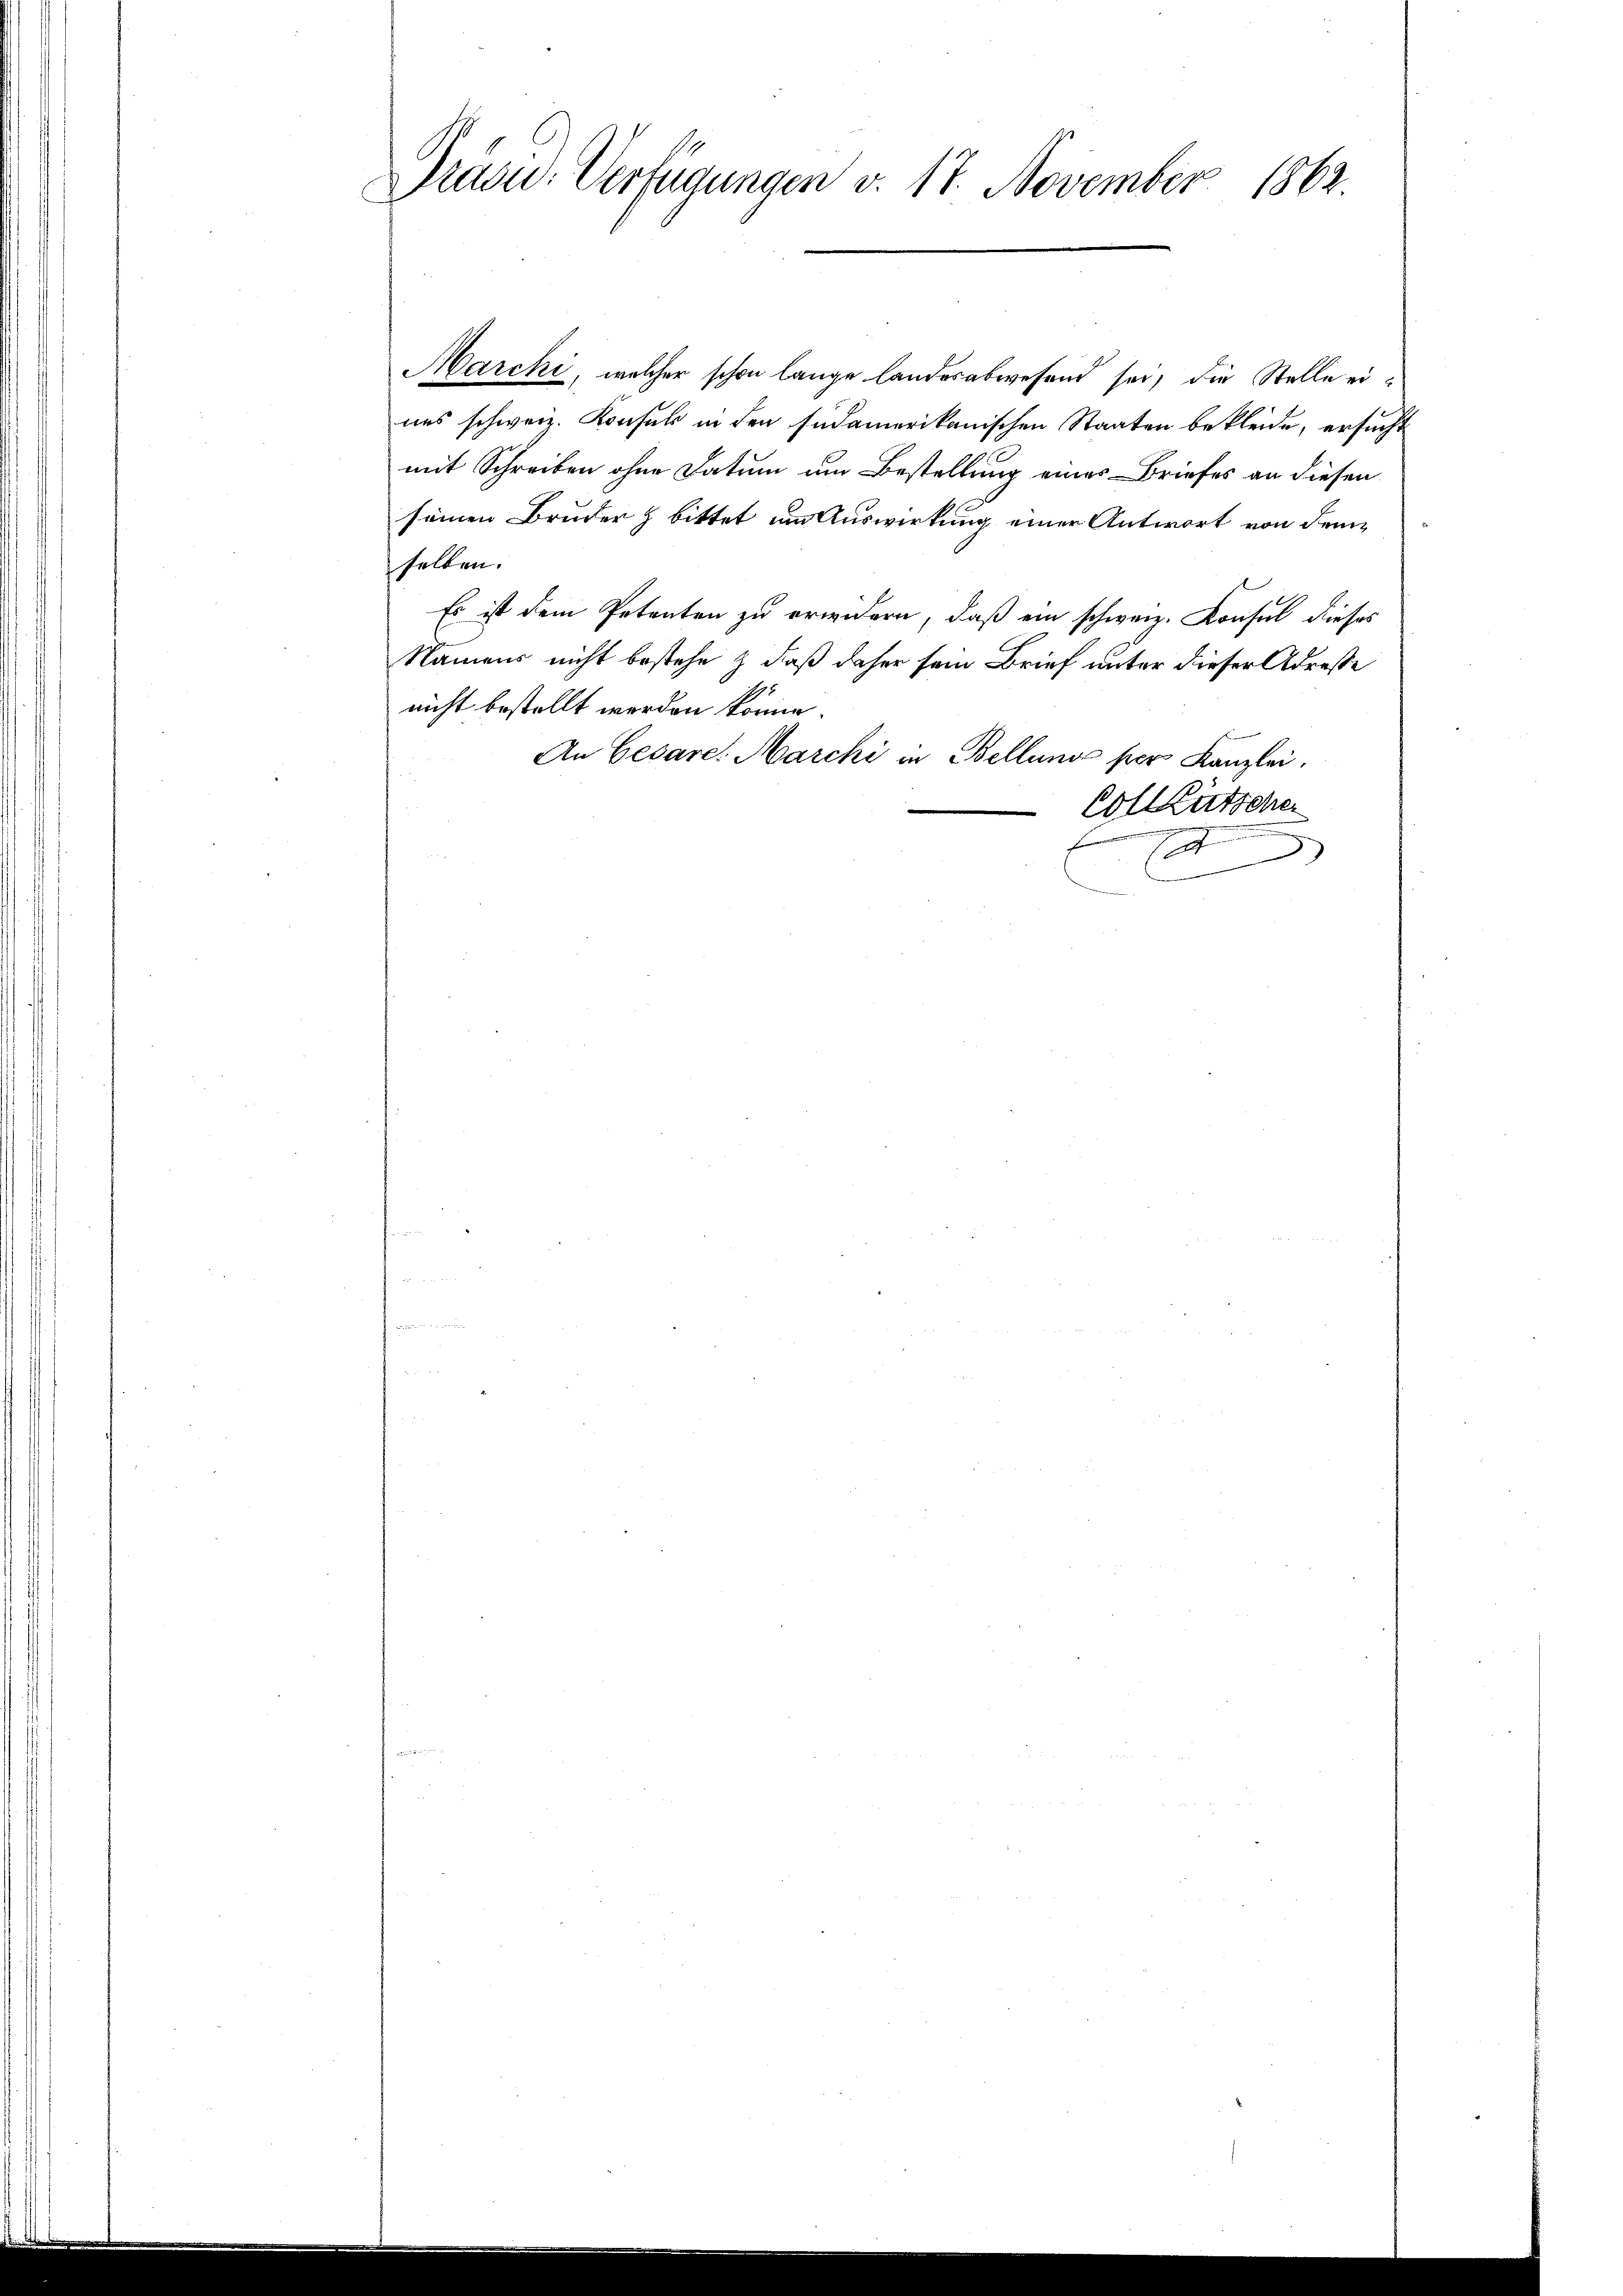
Prasw. Verfügungen v. 17. November 1862.

Marcki, welcher schon lange landesabwesend sei, die Stelle eiues schweiz. Konsuls in den sudamerikanischen Staaten bekleide, ersucht
mit Schreiben ohne Datum um Bestellung eines Briefes an diesen
seinen Bruder z bittet um Auswirkung einer Antwort von demselben.
Es ist dem Petenten zu erwidern, daß ein schweiz. Konsul dieses
Namens nicht bestehe & daß daher sein Brief unter dieser Adresse
nicht bestellt werden könne.
An Cesare. Marchi in Bellung per Kanzlei.
Coll Kutsche
f
E
)